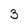
Character: 3